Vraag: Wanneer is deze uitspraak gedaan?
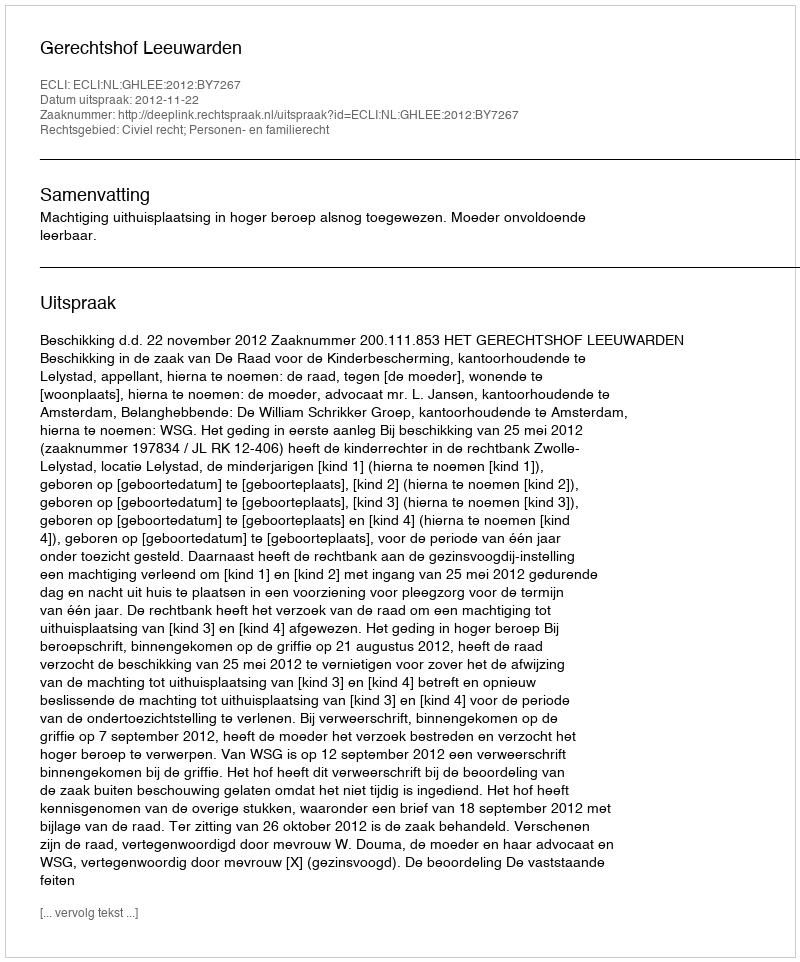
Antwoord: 2012-11-22